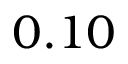
0 . 1 0